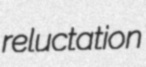
reluctation